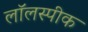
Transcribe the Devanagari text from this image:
लॉलस्पीक